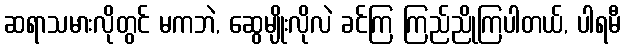
ဆရာသမားလိုတွင် မကဘဲ, ဆွေမျိုးလိုလဲ ခင်ကြ ကြည်ညိုကြပါတယ်, ပါရမီ